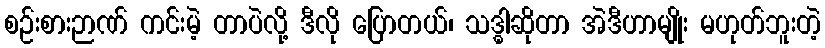
စဉ်းစားဉာဏ် ကင်းမဲ့ တာပဲလို့ ဒီလို ပြောတယ်၊ သဒ္ဓါဆိုတာ အဲဒီဟာမျိုး မဟုတ်ဘူးတဲ့